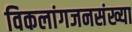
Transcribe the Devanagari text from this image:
विकलांगजनसंख्या